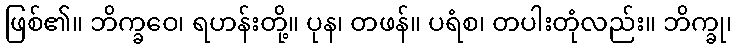
ဖြစ်၏။ ဘိက္ခဝေ၊ ရဟန်းတို့။ ပုန၊ တဖန်။ ပရံစ၊ တပါးတုံလည်း။ ဘိက္ခု၊